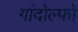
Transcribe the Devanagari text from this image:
गांदोल्फो